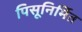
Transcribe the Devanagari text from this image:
पिसूनिर्मित